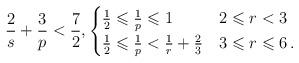
LaTeX: \begin{align*} \frac{2}{s}+\frac{3}{p}<\frac{7}{2},\begin{cases}\frac{1}{2}\leqslant\frac{1}{p}\leqslant 1&2\leqslant r<3\\\frac{1}{2}\leqslant\frac{1}{p}<\frac{1}{r}+\frac{2}{3}&3\leqslant r\leqslant 6\,.\end{cases}\end{align*}